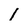
Character: 1